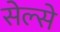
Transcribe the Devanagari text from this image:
सेल्से